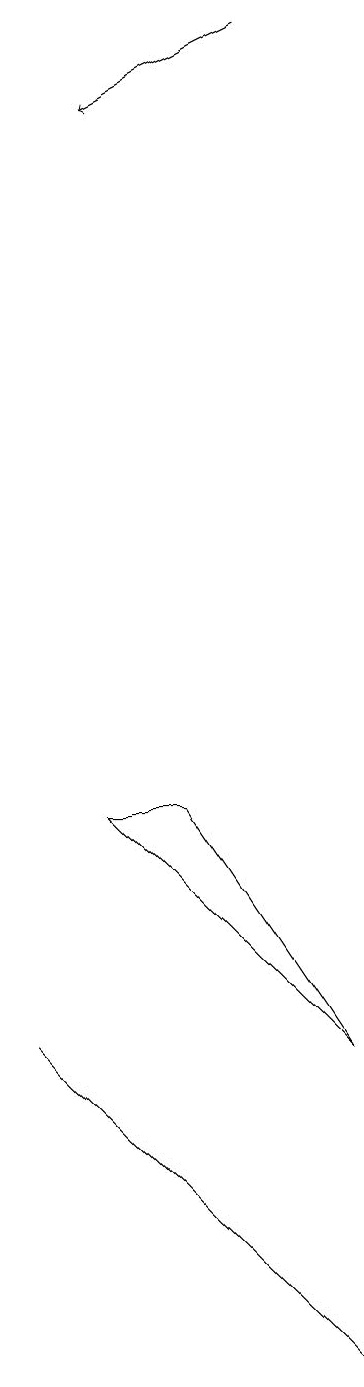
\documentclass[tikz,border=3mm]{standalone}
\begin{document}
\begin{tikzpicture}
\draw[->] (5,18) -- (3,17);
\draw (6,5) -- (3,8) -- (4,8) -- cycle;
\draw (2,5) -- (6,1) -- (5,2) -- cycle;
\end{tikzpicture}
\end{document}